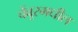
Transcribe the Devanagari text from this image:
चेंबूरमधील